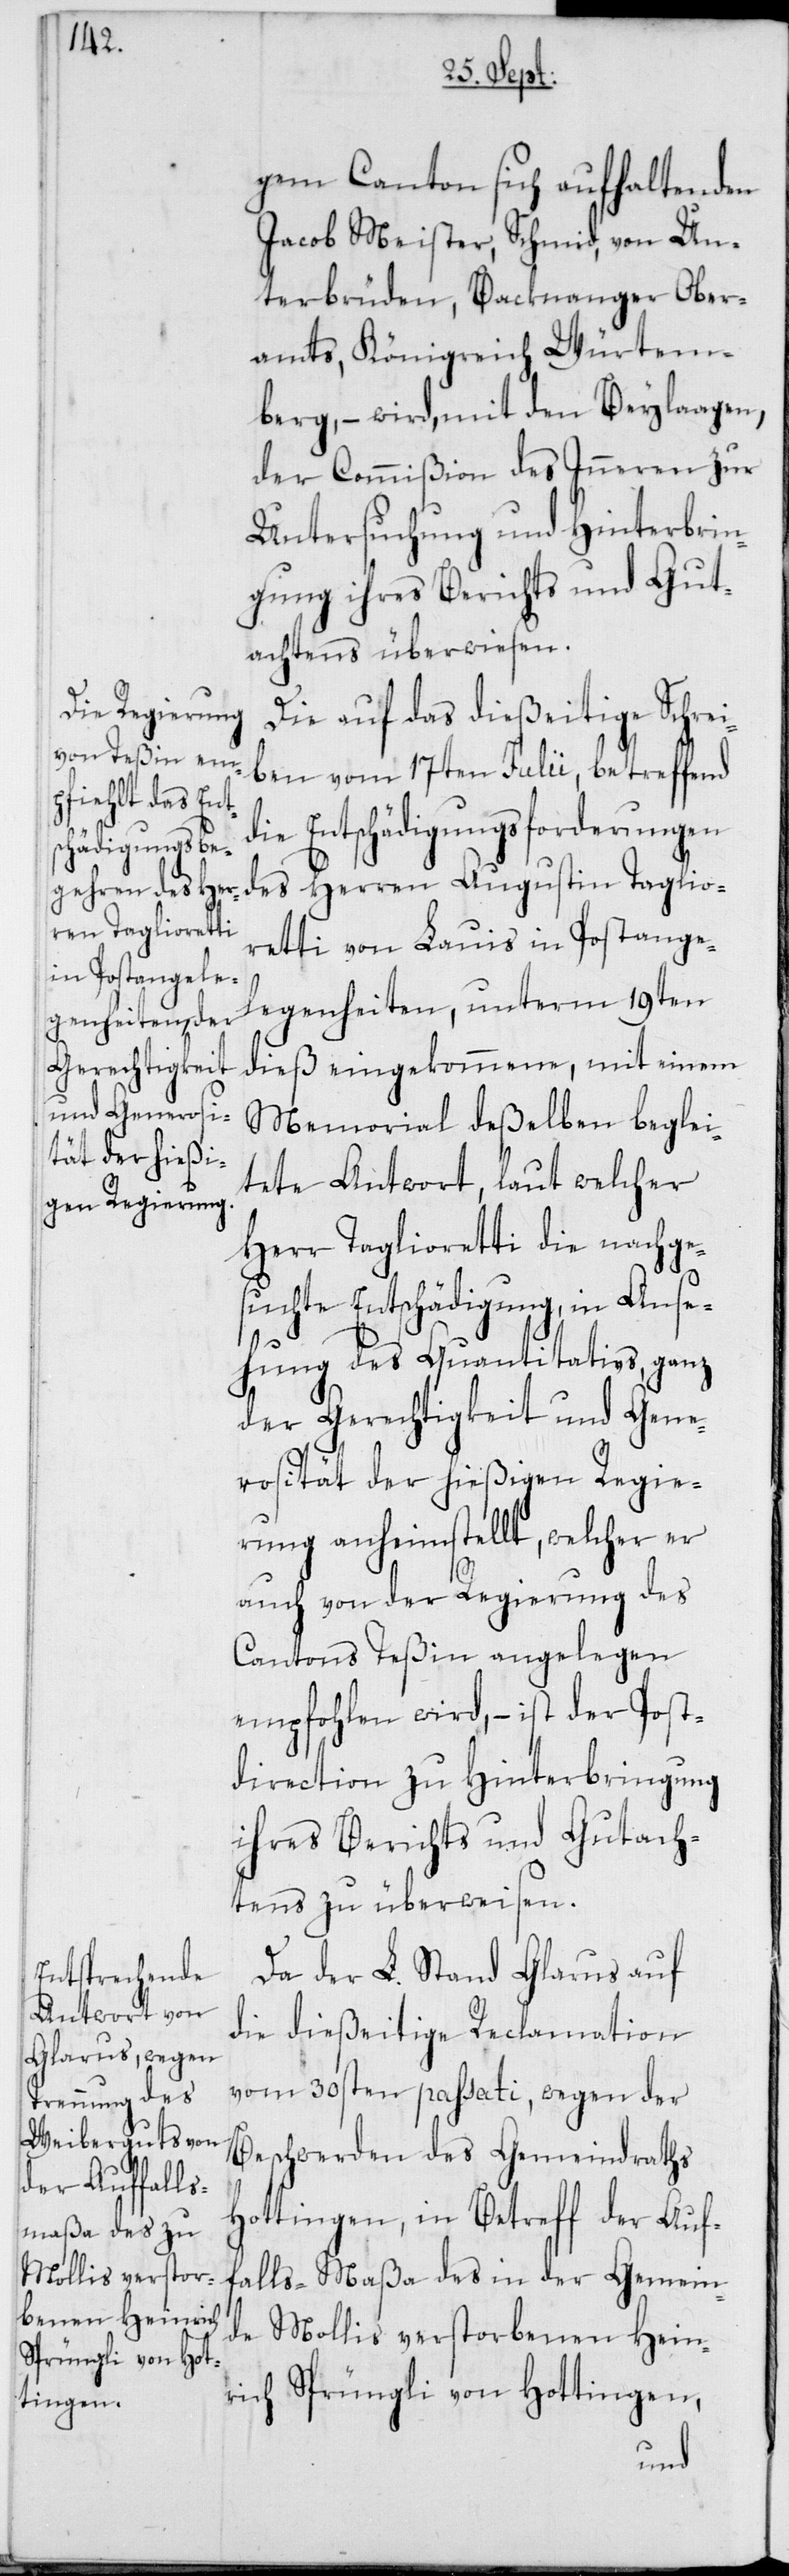
gem Canton sich aufhaltenden
Jacob Meister, Schmid, von Un¬
terbrüden, Backnanger Ober¬
amts, Königreich Würtem¬
berg, – wird, mit den Beylaagen
der Commißion des Inneren zur
Untersuchung und Hinterbrin¬
gung ihres Berichts und Gut¬
achtens überwiesen.
Die auf das dießeitige Schrei¬
ben vom 17ten Julii, betreffend
Entschädigungsforderungen
des Herren Augustin Taglio¬
retti von Lauis in Postange¬
legenheiten, unterm 19ten
dieß eingekommene, mit einem
Memorial deßelben beglei¬
tete Antwort, laut welcher
Herr Taglioretti die nachge¬
suchte Entschädigung, in Anse¬
hung des Quantitativs, ganz
der Gerechtigkeit und Gene¬
rosität der hießigen Regie¬
rung anheimstellt, welcher er
auch von der Regierung des
Cantons Teßin angelegen
empfohlen wird, – ist der Post¬
direction zu Hinterbringung
ihres Berichts und Gutach¬
tens zu überweisen.
Da der L. Stand Glarus auf
die dießeitige Reclamation
vom 30sten passati, wegen der
Beschwerden des Gemeindraths
Hottingen, in Betreff der Auf¬
falls-Maßa des in der Gemein¬
de Mollis verstorbenen Hein¬
rich Sprüngli von Hottingen,